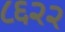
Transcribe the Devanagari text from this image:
८६२२